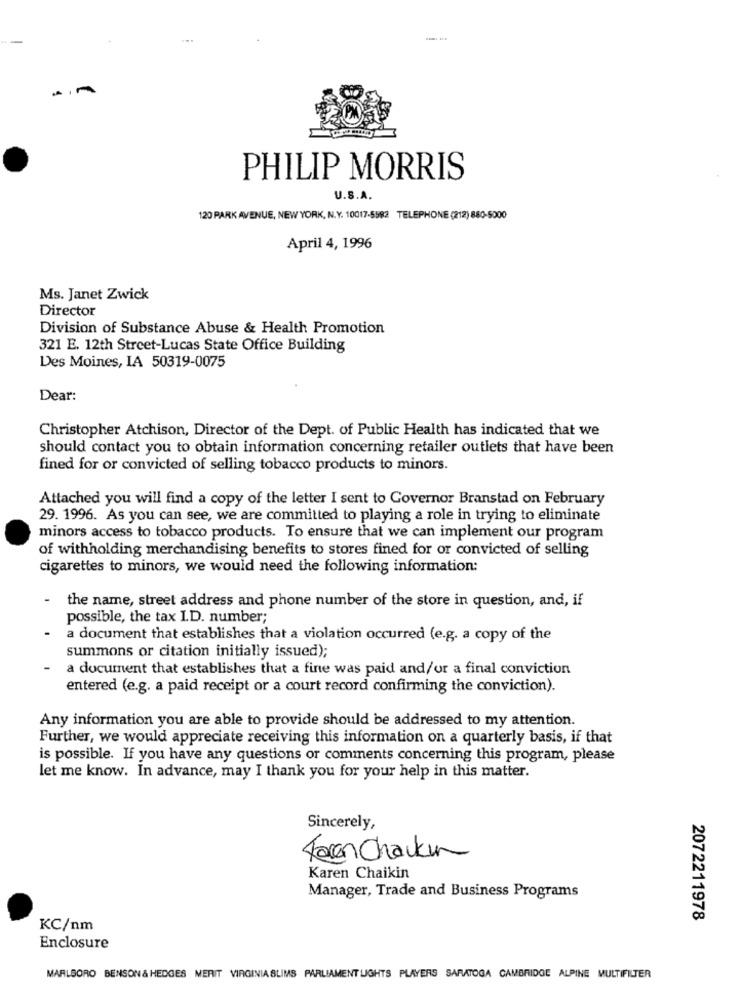
PHILIP MORRIS
U.S.A.
120 PARK AVENUE, NEW YORK, N.Y. 10017-5582 TELEPHONE (212) 880-5000
April 4, 1996
Ms. Janet Zwick
Director
Division of Substance Abuse & Health Promotion
321 E. 12th Street-Lucas State Office Building
Des Moines, IA 50319-0075
Dear:
Christopher Atchison, Director of the Dept. of Public Health has indicated that we
should contact you to obtain information concerning retailer outlets that have been
fined for or convicted of selling tobacco products to minors.
Attached you will find a copy of the letter I sent to Governor Branstad on February
29. 1996. As you can see, we are committed to playing a role in trying to eliminate
minors access to tobacco products. To ensure that we can implement our program
of withholding merchandising benefits to stores fined for or convicted of selling
cigarettes to minors, we would need the following information:
the name, street address and phone number of the store in question, and, if
possible, the tax I.D. number;
a document that establishes that a violation occurred (e.g. a copy of the
summons or citation initially issued);
a document that establishes that a fine was paid and/or a final conviction
entered (e.g. a paid receipt or a court record confirming the conviction).
Any information you are able to provide should be addressed to my attention.
Further, we would appreciate receiving this information on a quarterly basis, if that
is possible. If you have any questions or comments concerning this program, please
let me know. In advance, may I thank you for your help in this matter.
Sincerely,
Faren Chaukin
Karen Chaikin
Manager, Trade and Business Programs
2072211978
KC/nm
Enclosure
MARLBORO BENSON& HEDGES MERIT VIRGINIA SLIMS PARLIAMENT LIGHTS PLAYERS SARATOGA CAMBRIDGE ALPINE MULTIFILTER